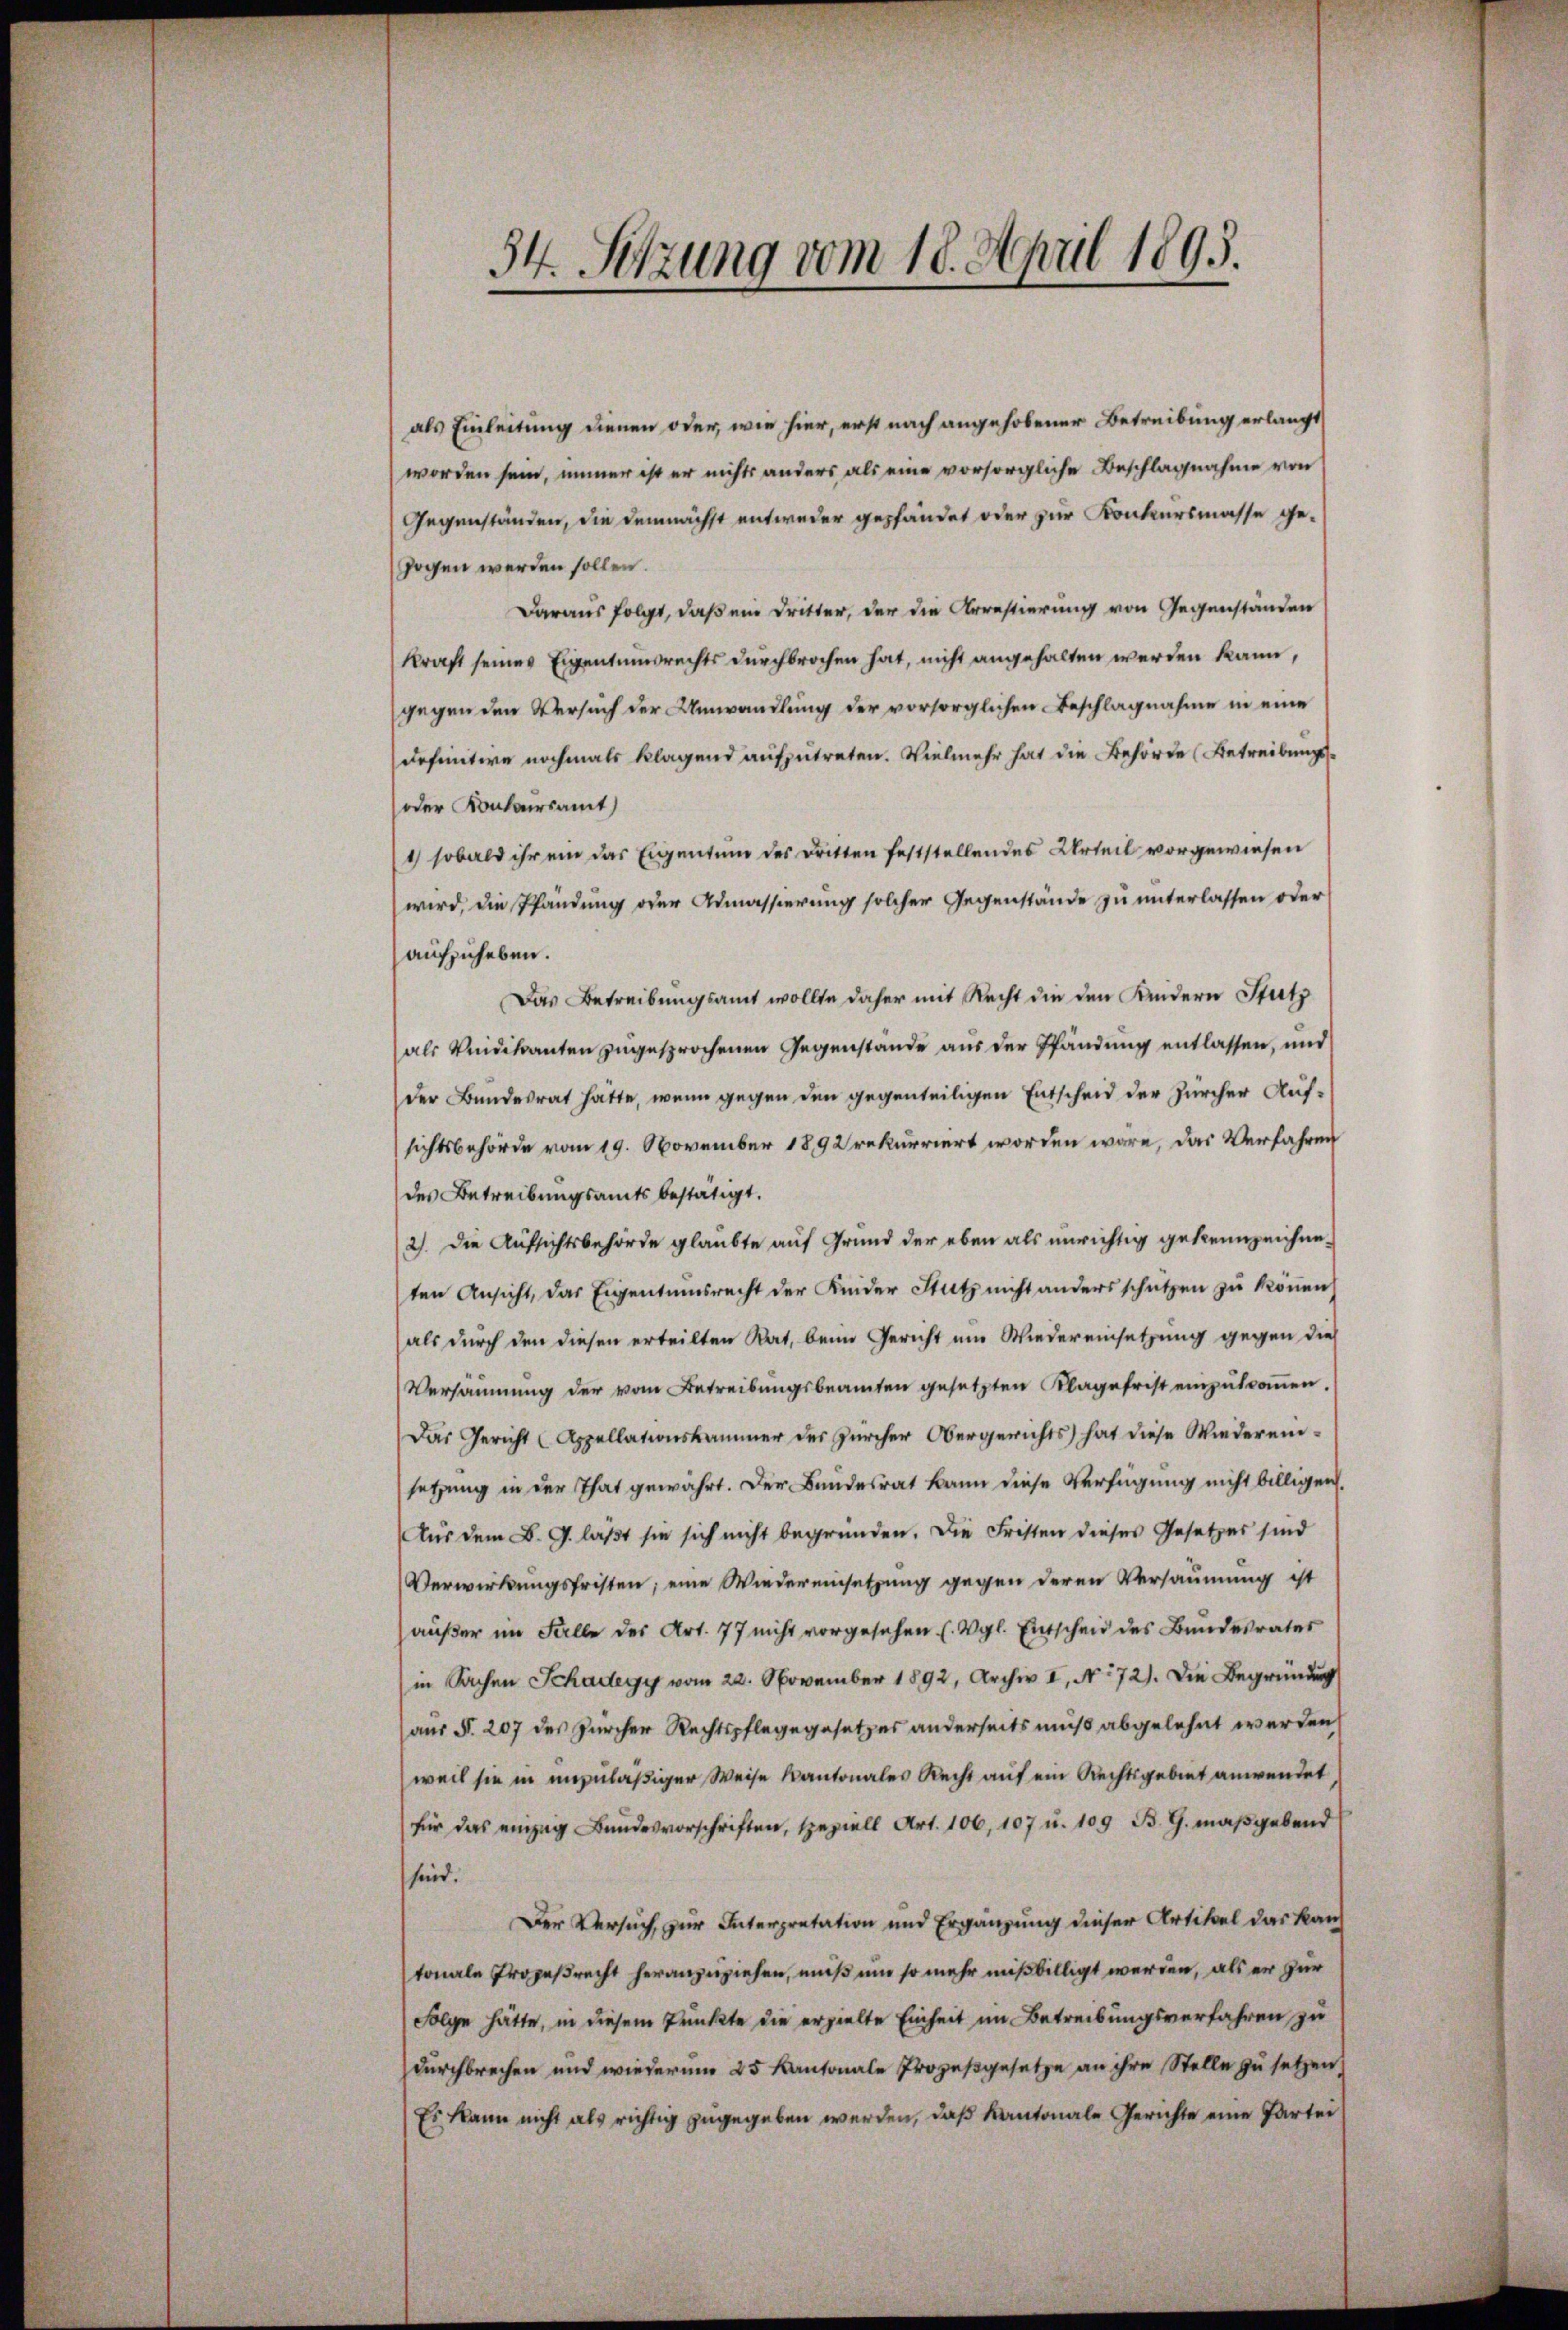
54. Setzung vom 18. April 1893.

als Einleitung dienen oder, wie hier, erst nach angehobener Betreibung erlangt
worden sein, immer ist er nichts anders als eine vorsorgliche Beschlagnahme von
Gegenständen, die demnächst entweder gepfändet oder zur Konkursmasse ge-
zogen werden sollen.
Daraus folgt, daß ein Dritter, der die Arrestierung von Gegenständen
kraft seines Eigentumsrechts durchbrochen hat, nicht angehalten werden kann,
gegen den Versuch der Umwandlung der vorsorglichen Beschlagnahme in eine
definitive nochmals klagend aufzutreten. Vielmehr hat die Behörde (Betreibungs-
oder Kontairsamt
1) sobald ihr ein das Eigentum des Dritten feststellendes Urteil vorgewiesen
wird, die Pfändung oder Admassierung solcher Gegenstände zu unterlassen oder
aufzuheben.
Das Betreibungsamt wollte daher mit Recht die den Kindern Stutz
als Weidekranten zugesprochenen Gegenstande aus der Pfändung entlassen, und
der Bundesrat hätte, wenn gegen den gegenteiligen Entscheid der Zürcher Aufsichtsbehörde vom 19. November 1892 rekurriert worden wäre, das Verfahren
des Betreibungsamts bestätigt.
2). Die Aufsichtsbehörde glaubte auf Grund der eben als unrichtig gekennzeichneten Ansicht, das Eigentumsrecht der Kinder Stutz nicht anders schützen zu können
als durch den diesen erteilten Rat, beim Gericht ein Wiedereinsetzung gegen die
Versammung der vom Betreibungsbeamten gesetzten Klagefrist einzŭtroṁen.
Das Gericht (Appellationskammer des Zürcher Obergerichts hat diese Wiedereinsetzung in der That gewährt. Der Bundesrat kann diese Verfügung nicht billigen.
Aus dem B. G. läßt sie sich nicht begründen. Die Fristen dieses Gesetzes sind
Verwirkungsfristen; eine Wiedereinsetzung gegen deren Versäumung ist
außer im Falle des Art. 77 nicht vorgesehen (Vgl. Entscheid des Bundesrates
in Sachen Schadeyy vom 22. November 1892, Archiv II, No 72). Die Begründung
aus §. 207 des Zürcher Rechtspflege gesetzes anderseits muß abgelehnt werden
weil sie in unzuläßiger Weise Kantonales Recht auf ein Rechtsgebiet anwendet,
für das einzŭg Bŭndesvorschriften, speziell Art. 106, 107 u. 109 B. G. maβgabend
sind.
Der Versuch, zur Interpretation und Ergänzung dieser Artikel das kauf
tonale Prozeßrecht heranzuziehen, muß um so mehr mißbilligt werden, als er zur
Folge hätte, in diesem Punkte die erzielte Einheit im Betreibungsverfahren zu
Durchbrechen und wiederum 25 Kantonale Prozeßgesetze an ihre Stelle zu setzen,
Es kann nicht als richtig zugegeben werden, daß Kantonale Gerichte eine Parten